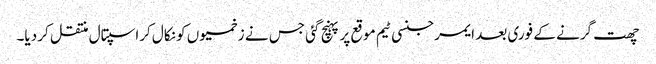
چھت گرنے کے فوری بعد ایمرجنسی ٹیم موقع پر پہنچ گئی جس نے زخمیوں کو نکال کراسپتال منتقل کر دیا۔